Code of medical and sanitary regulations for the guidance of medical officers serving in the Madras Presidency - Volume II
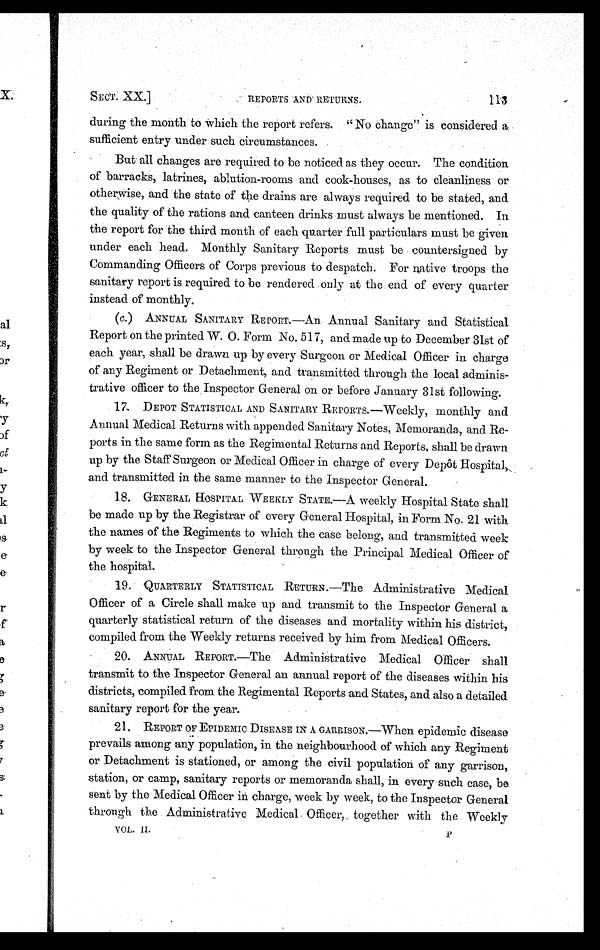
SECT . XX.]
REPORTS AN
D RETURNS.
113
during the month to Which the report refers. " No change" is considered a
sufficient entry under such circumstances.
But all changes are required to be noticed as they occur. The condition
of barracks, latrines, ablution-rooms and cook-houses, as to cleanliness or
otherwise, and the state of the drains are always required to be stated, and
the quality of the rations and canteen drinks must always be mentioned. In
the report for the third month of each quarter full particulars must be given
under each head. Monthly Sanitary Reports must be countersigned by
Commanding Officers of Corps previous to despatch. For native troops the
sanitary report is required to be rendered only at the end of every quarter
instead of monthly.
(c.) ANNUAL SANITARY REPORT.—An Annual Sanitary and Statistical
Report on the printed W. O. Form No. 517, and made up to December 31st of
each year, shall be drawn up by every Surgeon or Medical Officer in charge
of any Regiment or Detachment, and transmitted through the local adminis-
trative officer to the Inspector General on or before January 31st following.
17. DEPOT STATISTICAL AND SANITARY REPORTS.—Weekly, monthly and
Annual Medical Returns with appended Sanitary Notes, Memoranda, and Re-
ports in the same form as the Regimental Returns and Reports, shall be drawn
up by the Staff Surgeon or Medical Officer in charge of every Depôt Hospital,
and transmitted in the same manner to the Inspector General.
18. GENERAL HOSPITAL WEEKLY STATE.—A weekly Hospital State shall
be made up by the Registrar of every General Hospital, in Form No. 21 with
the names of the Regiments to which the case belong, and transmitted week
by week to the Inspector General through the Principal Medical Officer of
the hospital.
19. QUARTERLY STATISTICAL RETURN.—The Administrative Medical
Officer of a Circle shall make up and transmit to the Inspector General a
quarterly statistical return of the diseases and mortality within his district,
compiled from the Weekly returns received by him from Medical Officers.
20. ANNUAL REPORT.—The Administrative Medical Officer shall
transmit to the Inspector General an annual report of the diseases within his
districts, compiled from the Regimental Reports and States, and also a detailed
sanitary report for the year.
21. REPORT OF EPIDEMIC DISEASE IN A G
ARRI S
ON.—When epidemic disease
prevails among any population, in the neighbourhood of which any Regiment
or Detachment is stationed, or among the civil population of any garrison,
station, or camp, sanitary reports or memoranda shall, in every such case, be
sent by the Medical Officer in charge, week by week, to the Inspector General
through the Administrative Medical Officer, together with the Weekly
VOL. II.
P